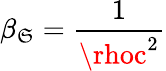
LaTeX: \beta_{\mathfrak{S}}={\frac{{1}}{{\rhoc^{2}}}}